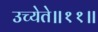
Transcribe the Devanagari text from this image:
उच्येते॥११॥